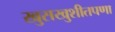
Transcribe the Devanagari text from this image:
खुसखुशीतपणा